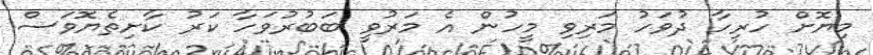
މިޔޮށް ހުރިހާ ދުވަހު މަރިވި މީހުން އެ މަރުވީ ބަބުރުވަހާ ކަރު ކާށިތެޔޮވަސް